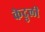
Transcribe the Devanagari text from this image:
केदुली